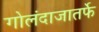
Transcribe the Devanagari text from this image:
गोलंदाजातर्फे